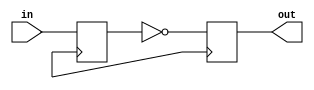
module inverter_delay (
    input wire in,
    output reg out
);

reg in_buffer;

always @ (posedge clk) begin
    in_buffer <= in;
    out <= ~in_buffer;
end

endmodule